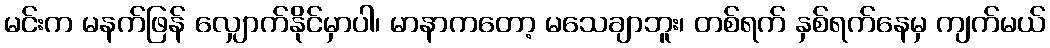
မင်းက မနက်ဖြန် လျှောက်နိုင်မှာပါ၊ မာနာကတော့ မသေချာဘူး၊ တစ်ရက် နှစ်ရက်နေမှ ကျက်မယ်